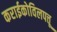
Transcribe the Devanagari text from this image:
कराईकोविलपत्तू